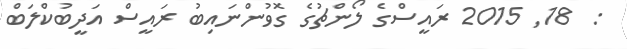
:  18